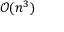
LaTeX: { \mathcal { O } } ( n ^ { 3 } )